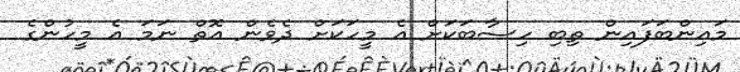
މައިންބަފައިން ތިބި ހިސާބަކަށް އެ މީހަކަށް ދެވެން އޮތް ނަމަ އެ މީހުންގެ